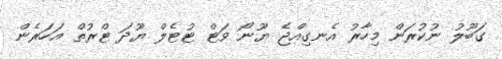
ގަބޫލު ނުކުރަން މިހާރު އެނގިއްޖެ ޔޫނޯ ވަޓް ޓުޓެލް ޔޫދަ ޓްރުތް އަހަރެން